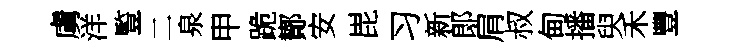
虜洋䜿二泉甲跪鄼安毘习新郞肩叔甸播臾禾豐